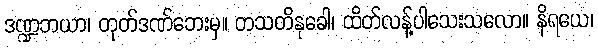
ဒဏ္ဍဘယာ၊ တုတ်ဒဏ်ဘေးမှ။ တသတိနုခေါ၊ ထိတ်လန့်ပါသေးသလော။ နိရယေ၊